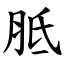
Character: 胝